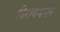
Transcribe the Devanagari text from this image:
विराजमानम